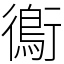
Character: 鵆